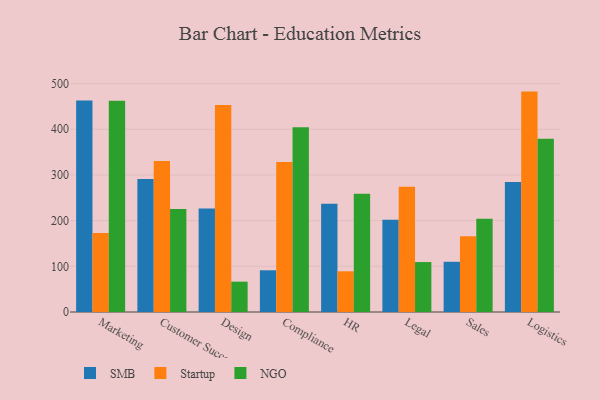
{"axis": {"x": "Department", "y": "Satisfaction Score"}, "legend": ["NGO", "SMB", "Startup"], "data": [{"x": "Marketing", "y": 463.0, "type": "SMB"}, {"x": "Marketing", "y": 173.0, "type": "Startup"}, {"x": "Marketing", "y": 462.5, "type": "NGO"}, {"x": "Customer Success", "y": 291.2, "type": "SMB"}, {"x": "Customer Success", "y": 330.3, "type": "Startup"}, {"x": "Customer Success", "y": 225.5, "type": "NGO"}, {"x": "Design", "y": 226.3, "type": "SMB"}, {"x": "Design", "y": 452.8, "type": "Startup"}, {"x": "Design", "y": 66.4, "type": "NGO"}, {"x": "Compliance", "y": 91.3, "type": "SMB"}, {"x": "Compliance", "y": 328.4, "type": "Startup"}, {"x": "Compliance", "y": 404.3, "type": "NGO"}, {"x": "HR", "y": 236.8, "type": "SMB"}, {"x": "HR", "y": 89.1, "type": "Startup"}, {"x": "HR", "y": 258.9, "type": "NGO"}, {"x": "Legal", "y": 201.9, "type": "SMB"}, {"x": "Legal", "y": 274.2, "type": "Startup"}, {"x": "Legal", "y": 109.3, "type": "NGO"}, {"x": "Sales", "y": 109.9, "type": "SMB"}, {"x": "Sales", "y": 166.0, "type": "Startup"}, {"x": "Sales", "y": 204.0, "type": "NGO"}, {"x": "Logistics", "y": 284.3, "type": "SMB"}, {"x": "Logistics", "y": 482.4, "type": "Startup"}, {"x": "Logistics", "y": 379.4, "type": "NGO"}]}